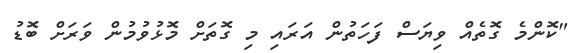
"ކޮންމެ ގޮތެއް ވިޔަސް ފަހަތުން އަރައި މި ގޮތަށް މޮޅުވުމުން ވަރަށް ބޮޑު